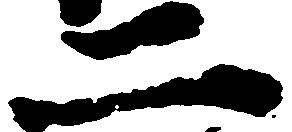
二